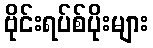
ဗိုင်းရပ်စ်ပိုးများ